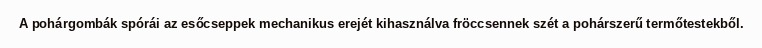
A pohárgombák spórái az esőcseppek mechanikus erejét kihasználva fröccsennek szét a pohárszerű termőtestekből.